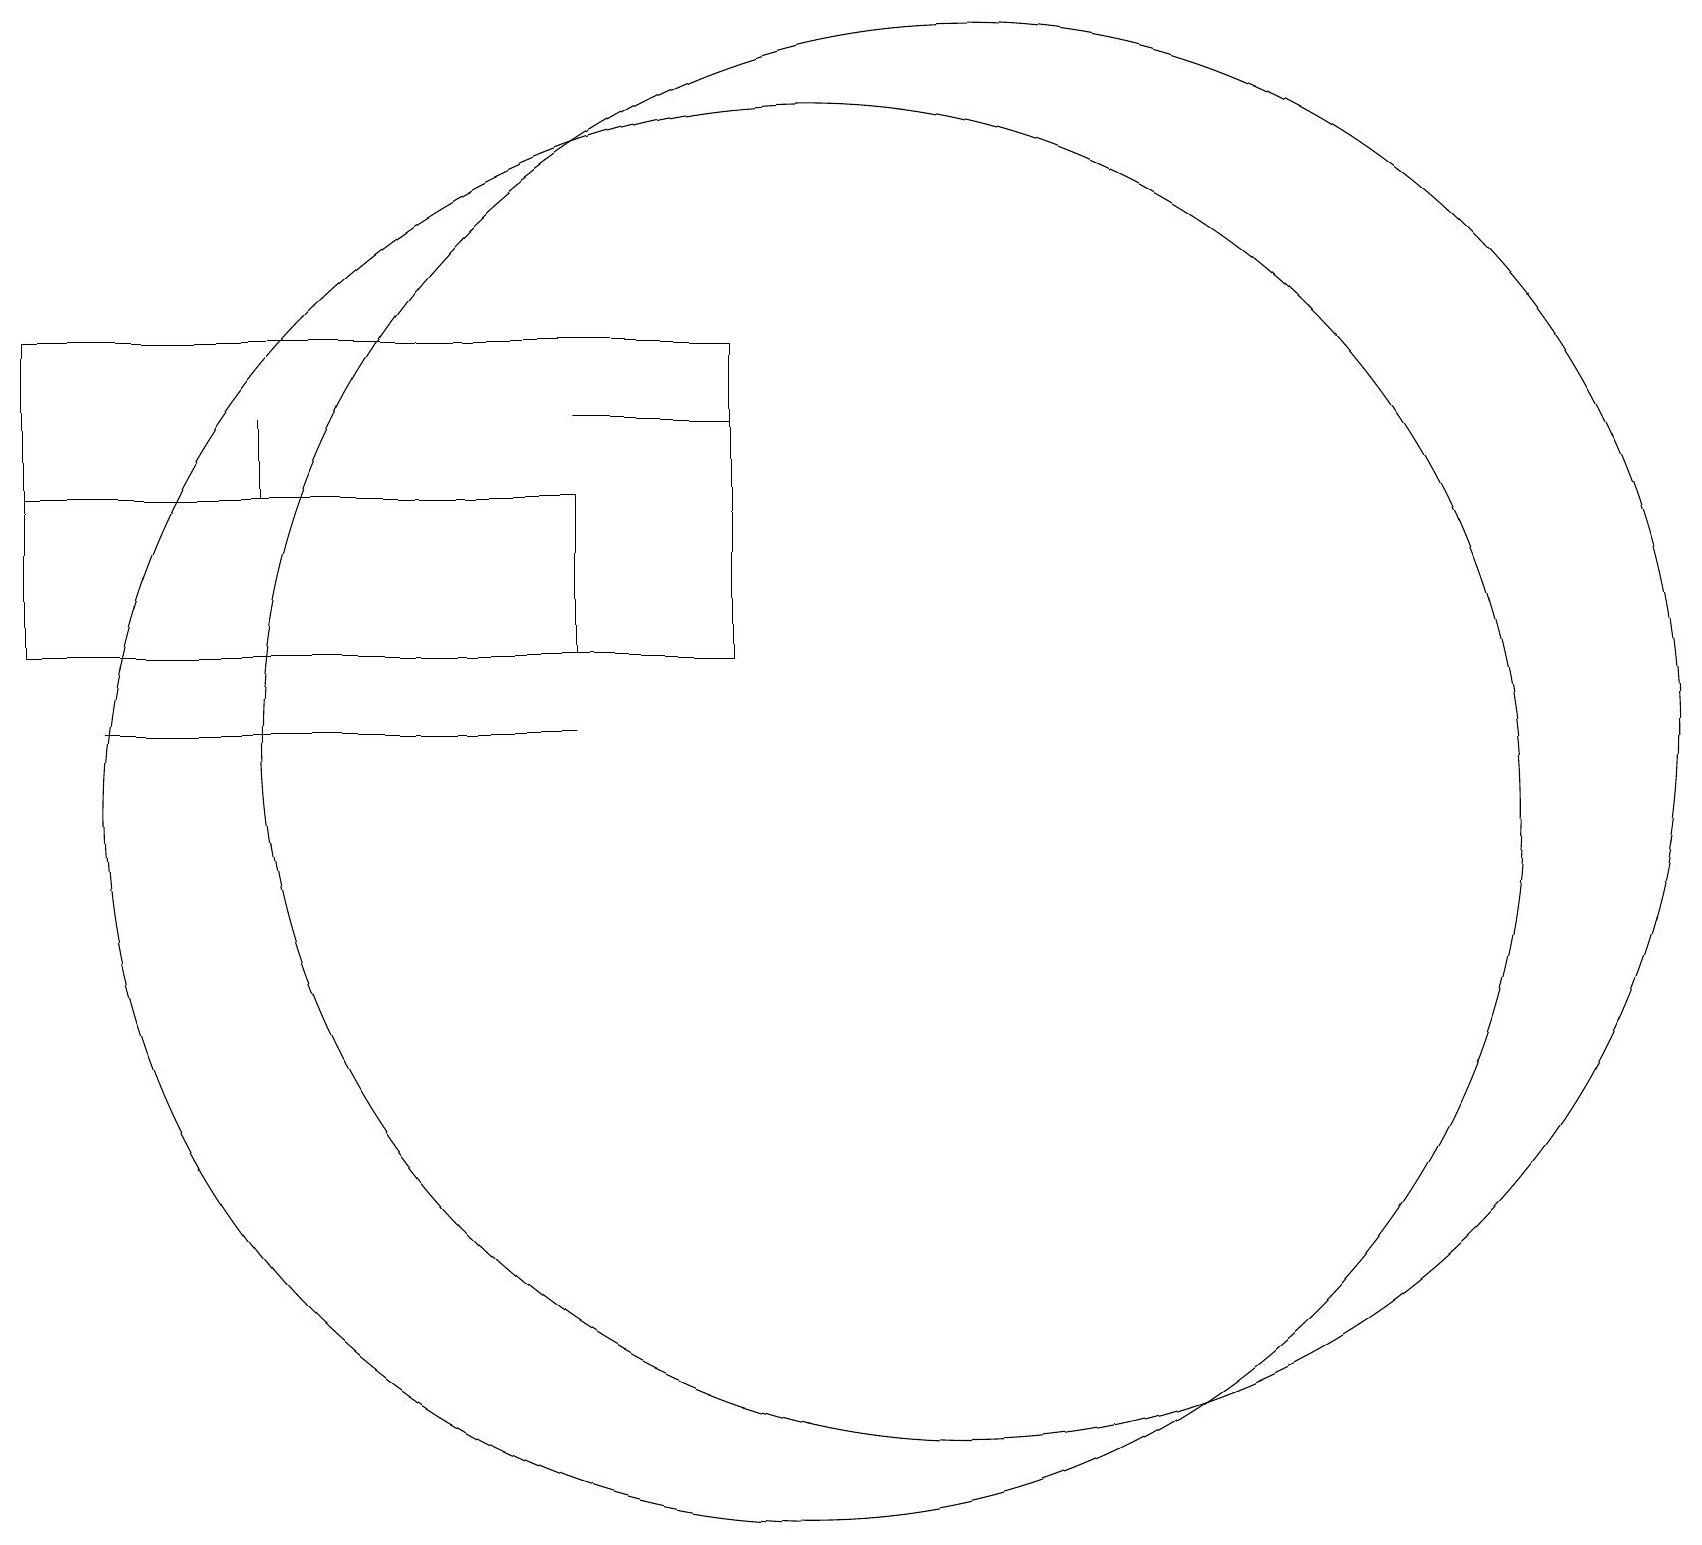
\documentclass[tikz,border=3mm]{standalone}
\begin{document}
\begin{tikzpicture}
\draw (10,10) circle (9);
\draw (0,11) rectangle (0,11);
\draw (0,12) rectangle (9,16);
\draw (12,11) circle (9);
\draw (3,15) rectangle (3,14);
\draw (7,12) rectangle (0,14);
\draw (9,15) rectangle (7,15);
\draw (1,11) rectangle (7,11);
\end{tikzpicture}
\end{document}